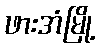
ဖားအံမြို့